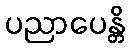
ပညာပေန္တိ